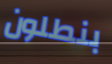
بنطلون